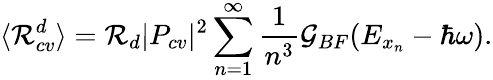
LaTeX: \langle\mathcal{R}_{cv}^{d}\rangle=\mathcal{{\mathcal{R}}}_{d}|P_{cv}|^{2}\sum_{n=1}^{\infty}\frac{{1}}{{n^{3}}}\mathcal{{G}}_{BF}(E_{x_{n}}-\hbar\omega).